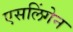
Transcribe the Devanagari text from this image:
एसलिंगेन